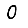
Digit: 0